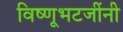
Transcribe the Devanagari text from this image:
विष्णूभटजींनी